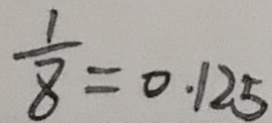
\frac { 1 } { 8 } = 0 . 1 2 5